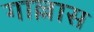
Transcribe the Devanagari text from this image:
गाल्लास